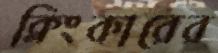
ক্লিংকারের